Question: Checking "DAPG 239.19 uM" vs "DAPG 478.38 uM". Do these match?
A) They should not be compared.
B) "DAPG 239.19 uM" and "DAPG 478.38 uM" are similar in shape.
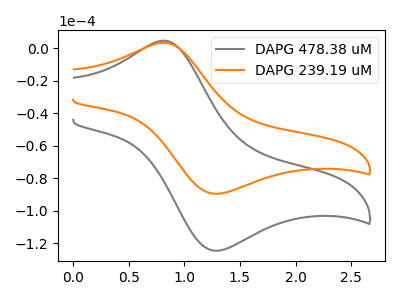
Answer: <think>The gray curve "DAPG 478.38 uM" has an anodic peak at (0.80V, 4.60uA) and a cathodic peak at (1.30V, -124.60uA). The orange curve "DAPG 239.19 uM" has an anodic peak at (0.80V, 3.30uA) and a cathodic peak at (1.30V, -89.55uA).
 All the peaks in "DAPG 239.19 uM" have a peak in "DAPG 478.38 uM" at the same potential. Every peak in "DAPG 239.19 uM" is lower than every peak in "DAPG 478.38 uM".</think>
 <answer>B) "DAPG 239.19 uM" and "DAPG 478.38 uM" are similar in shape.</answer>
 <eval>B</eval>